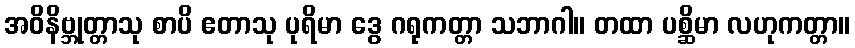
အဝိနိဗ္ဘုတ္တာသု စာပိ ဧတာသု ပုရိမာ ဒွေ ဂရုကတ္တာ သဘာဂါ။ တထာ ပစ္ဆိမာ လဟုကတ္တာ။